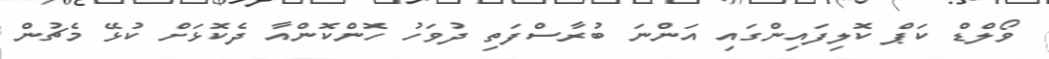
ވޯލްޑް ކަޕް ކޮލިފައިންގައި އަންނަ ބުރާސްފަތި ދުވަހު ހޮންކޮންއާ ދެކޮޅަށް ކުޅޭ މެޗުން